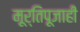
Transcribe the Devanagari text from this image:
मूर्तिपूजाही